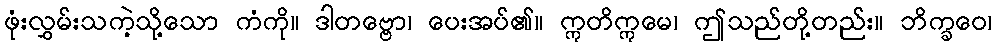
ဖုံးလွှမ်းသကဲ့သို့သော ကံကို။ ဒါတဗ္ဗော၊ ပေးအပ်၏။ ဣတိဣမေ၊ ဤသည်တို့တည်း။ ဘိက္ခဝေ၊